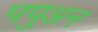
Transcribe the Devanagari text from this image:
पपुअन